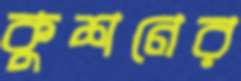
কুশনের